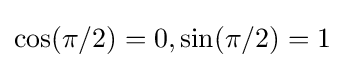
\cos(\pi /2)=0,\sin(\pi /2)=1